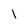
Character: 1